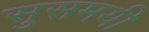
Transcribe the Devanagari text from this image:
सुसमयी